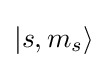
\left|s,m_{s}\right\rangle